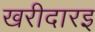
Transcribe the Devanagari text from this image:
खरीदारइ